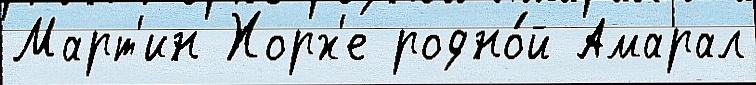
Март'ин Хорх'е родно́й Амарал